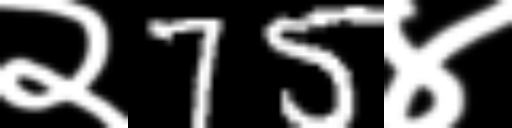
Text: २75४